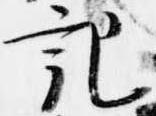
記